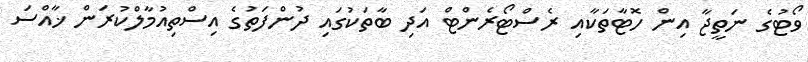
ވޯޓުގެ ނަތީޖާ އިން ހޮޓާތަކާއި ރެސްޓޯރެންޓް އަދި ބާތަކުގައި ދުންފަތުގެ އިސްތިއުމާލްކުރަން ޚާއްސަ